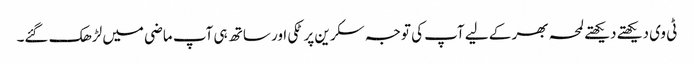
ٹی وی دیکھتے دیکھتے لمحہ بھر کے لیے آپ کی توجہ سکرین پر ٹکی اور ساتھ ہی آپ ماضی میں لڑھک گئے۔